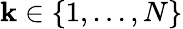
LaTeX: \mathbf{k}\in\{ 1,...,N\}